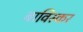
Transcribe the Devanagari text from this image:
बाविस्कर